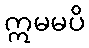
ဣမမပိ